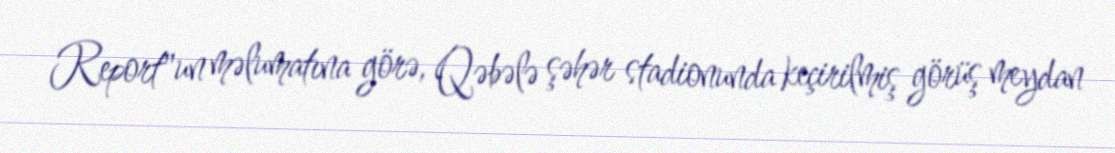
Report"un məlumatına görə, Qəbələ şəhər stadionunda keçirilmiş görüş meydan